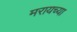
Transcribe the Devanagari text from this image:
मरायच्या